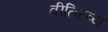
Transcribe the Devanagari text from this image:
वीतिहव्य